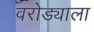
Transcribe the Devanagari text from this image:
वरोड्याला